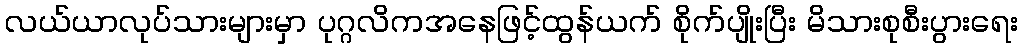
လယ်ယာလုပ်သားများမှာ ပုဂ္ဂလိကအနေဖြင့်ထွန်ယက် စိုက်ပျိုးပြီး မိသားစုစီးပွားရေး